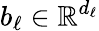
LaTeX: b_{\ell}\in\mathbb{R}^{d_{\ell}}